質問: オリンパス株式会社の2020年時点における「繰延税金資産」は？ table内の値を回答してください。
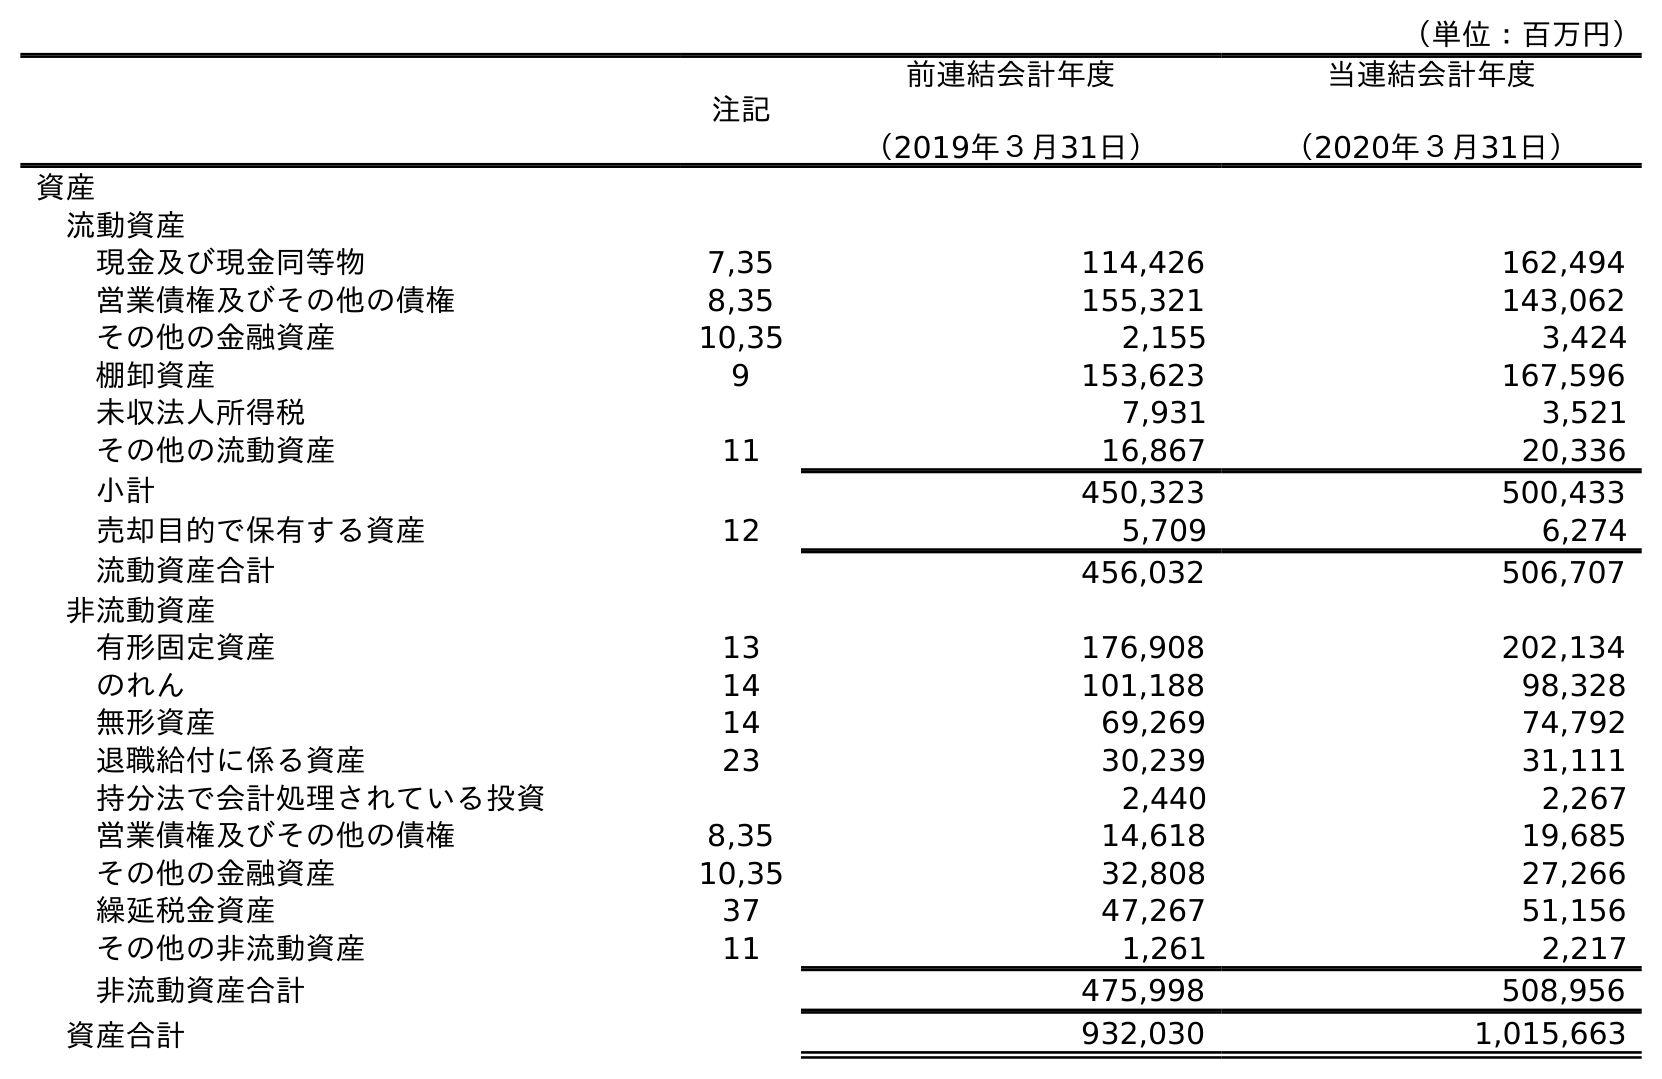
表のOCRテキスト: （単位：百万円） 注記 前連結会計年度 （2019年３月31日） 当連結会計年度 （2020年３月31日） 資産 流動資産 現金及び現金同等物 7,35 114,426 162,494 営業債権及びその他の債権 8,35 155,321 143,062 その他の金融資産 10,35 2,155 3,424 棚卸資産 9 153,623 167,596 未収法人所得税 7,931 3,521 その他の流動資産 11 16,867 20,336 小計 450,323 500,433 売却目的で保有する資産 12 5,709 6,274 流動資産合計 456,032 506,707 非流動資産 有形固定資産 13 176,908 202,134 のれん 14 101,188 98,328 無形資産 14 69,269 74,792 退職給付に係る資産 23 30,239 31,111 持分法で会計処理されている投資 2,440 2,267 営業債権及びその他の債権 8,35 14,618 19,685 その他の金融資産 10,35 32,808 27,266 繰延税金資産 37 47,267 51,156 その他の非流動資産 11 1,261 2,217 非流動資産合計 475,998 508,956 資産合計 932,030 1,015,663
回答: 51,156